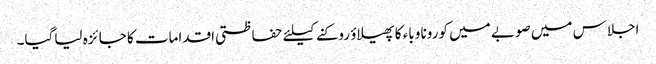
اجلاس میں صوبے میں کورونا وباء کا پھیلاؤ روکنے کیلئے حفاظتی اقدامات کا جا ئزہ لیاگیا۔